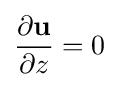
{\frac {\partial {\mathbf {u} }}{\partial z}}=0